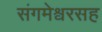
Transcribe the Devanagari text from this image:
संगमेश्वरसह